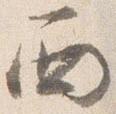
西